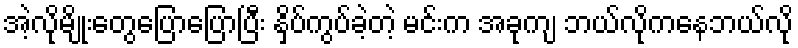
အဲ့လိုမျိုးတွေပြောပြောပြီး နှိပ်ကွပ်ခဲ့တဲ့ မင်းက အခုကျ ဘယ်လိုကနေဘယ်လို